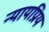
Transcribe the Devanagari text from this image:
न्‍यायप्रिय